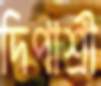
দিপাশ্রী